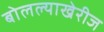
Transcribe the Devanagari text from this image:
बोलल्याखेरीज